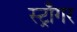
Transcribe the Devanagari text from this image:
स्ट्राँगर